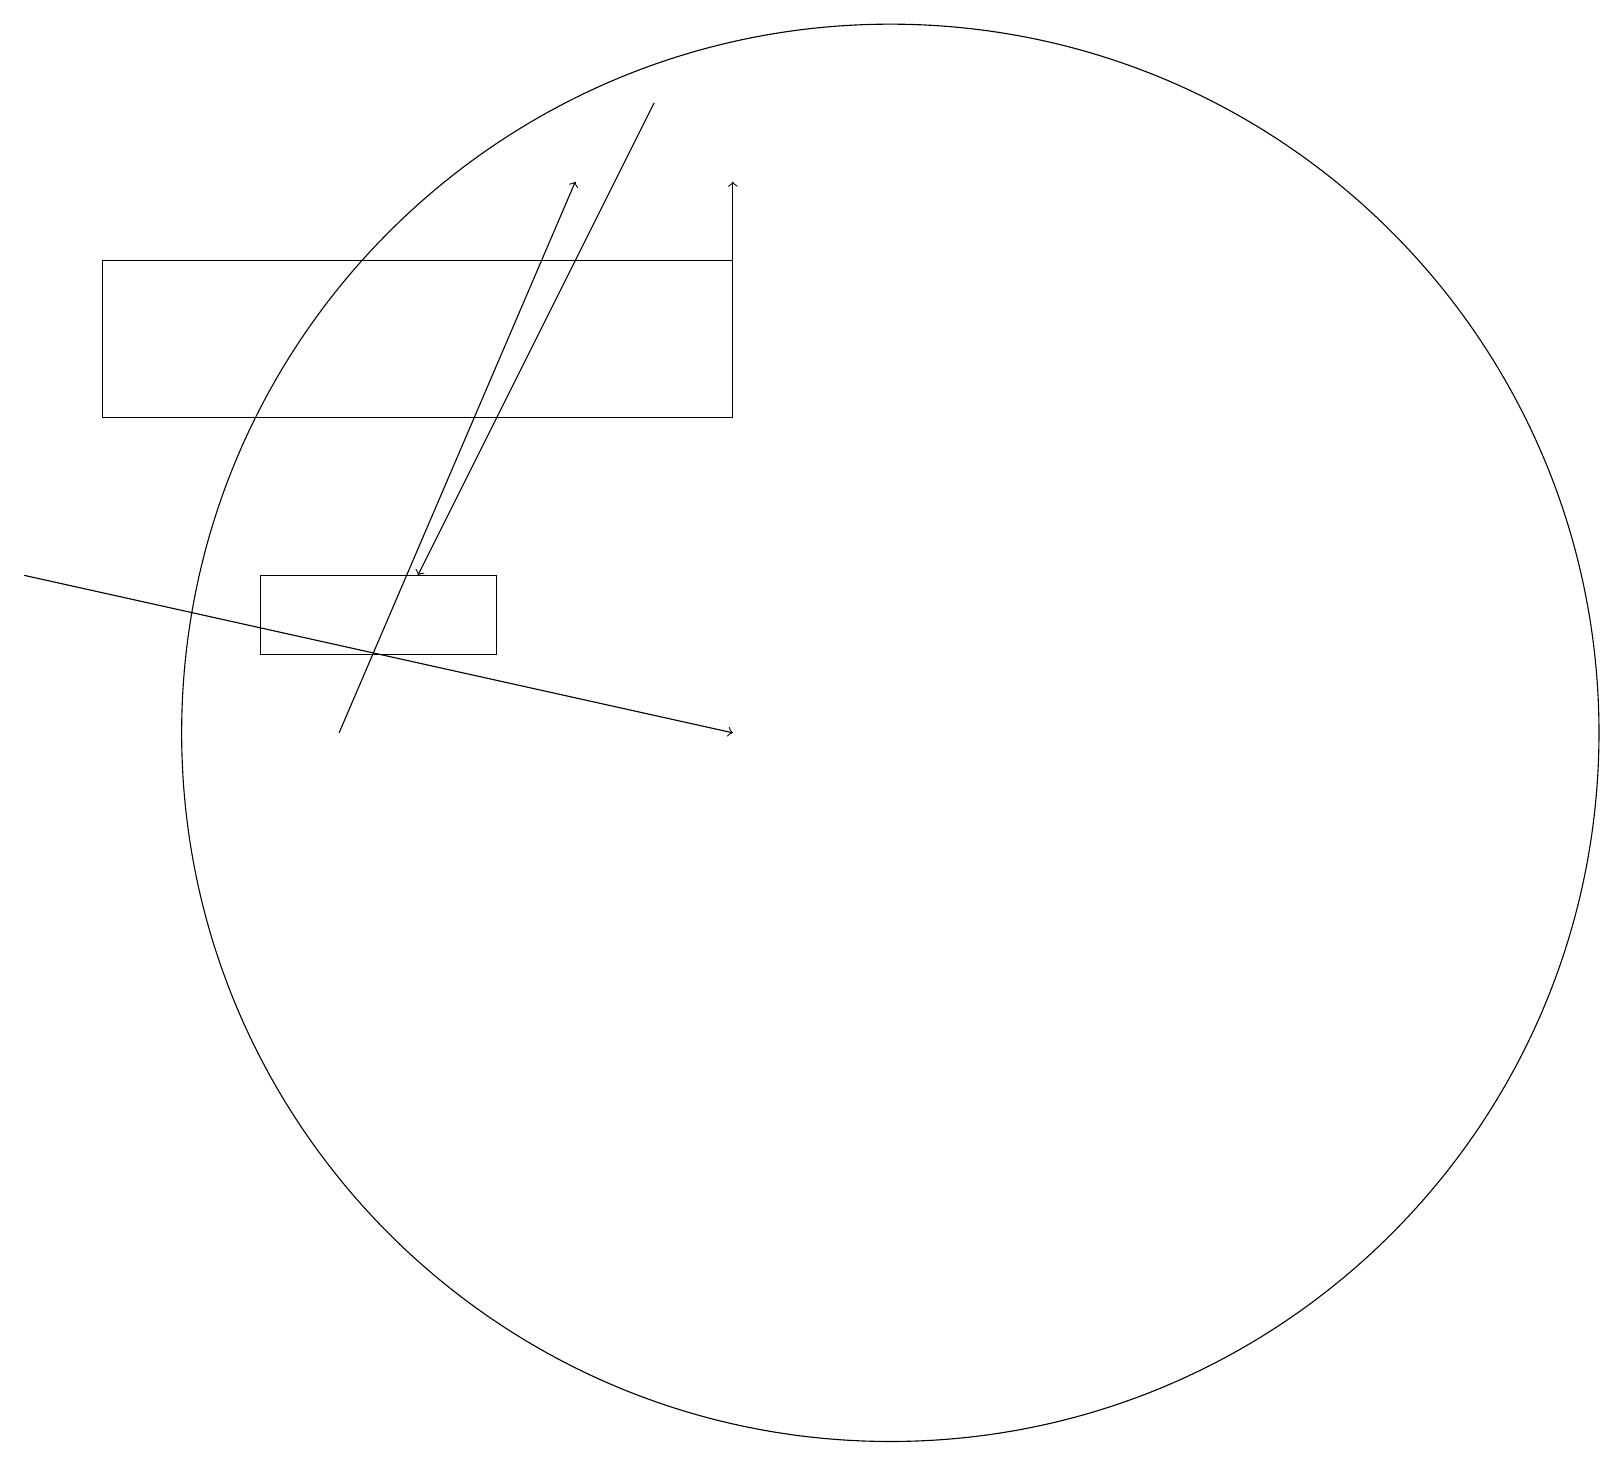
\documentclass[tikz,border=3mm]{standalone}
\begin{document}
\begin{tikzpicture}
\draw[->] (9,16) -- (9,18);
\draw (11,11) circle (9);
\draw[->] (4,11) -- (7,18);
\draw[->] (8,19) -- (5,13);
\draw[->] (0,13) -- (9,11);
\draw (6,12) rectangle (3,13);
\draw (9,15) rectangle (1,17);
\draw (11,11) circle (0);
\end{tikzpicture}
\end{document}